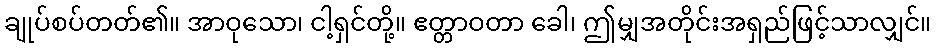
ချုပ်စပ်တတ်၏။ အာဝုသော၊ ငါ့ရှင်တို့။ ဧတ္တာဝတာ ခေါ၊ ဤမျှအတိုင်းအရှည်ဖြင့်သာလျှင်။